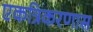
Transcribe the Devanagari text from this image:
एकत्रिकरणास